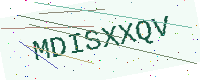
Text: MDISXXQV